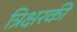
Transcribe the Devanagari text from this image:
त्रिक्षरकी